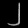
Digit: ၂